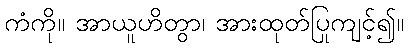
ကံကို။ အာယူဟိတွာ၊ အားထုတ်ပြုကျင့်၍။